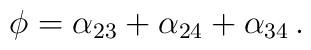
\phi = \alpha_{23} + \alpha_{24} + \alpha_{34}\,.